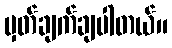
မှတ်ချက်ချပါတယ်။